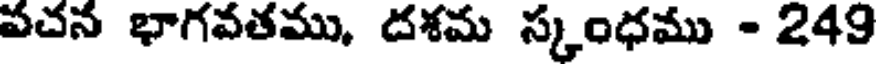
వచన భాగవతము, దశమ స్కంధము - 249